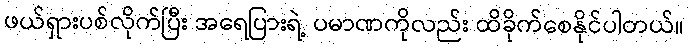
ဖယ်ရှားပစ်လိုက်ပြီး အရေပြားရဲ့ ပမာဏကိုလည်း ထိခိုက်စေနိုင်ပါတယ်။